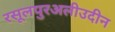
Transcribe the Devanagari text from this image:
रसूलपुरअलीउदीन